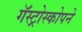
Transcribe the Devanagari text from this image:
गॅस्ट्रोस्कोपने